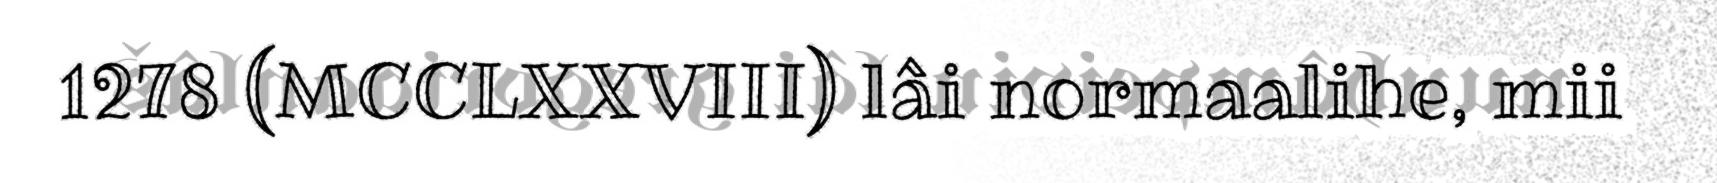
1278 (MCCLXXVIII) lâi normaalihe, mii